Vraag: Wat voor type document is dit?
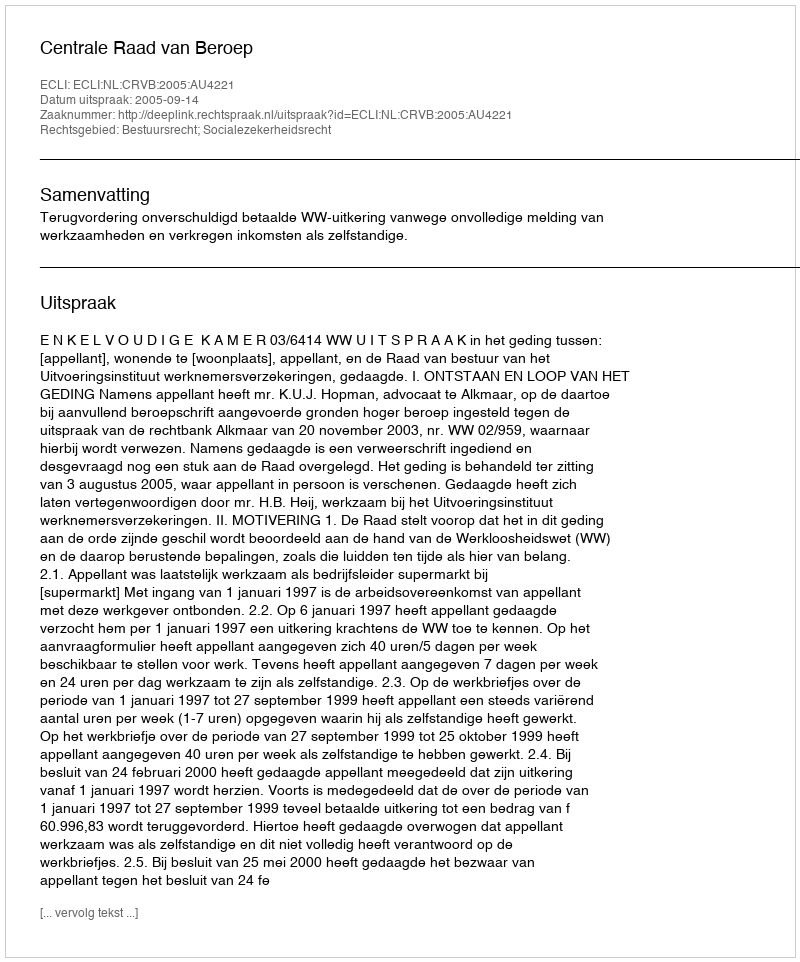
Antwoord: Uitspraak